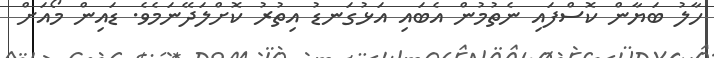
ހާލު ބަޔާން ކޮސްފައި ނެތުމުން އެބައި އަޅުގަނޑު އިތުރު ކޮށްލަދޭނަމެވެ. ޑައިން މޯއަށް